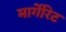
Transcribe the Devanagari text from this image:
मार्गेरिट